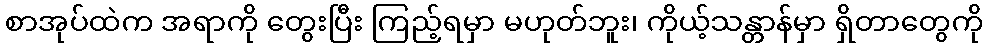
စာအုပ်ထဲက အရာကို တွေးပြီး ကြည့်ရမှာ မဟုတ်ဘူး၊ ကိုယ့်သန္တာန်မှာ ရှိတာတွေကို